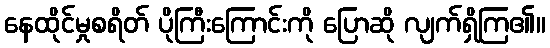
နေထိုင်မှုစရိတ် ပိုကြီးကြောင်းကို ပြောဆို လျက်ရှိကြ၏။